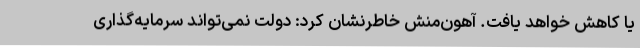
یا کاهش خواهد یافت. آهون‌منش خاطرنشان کرد: دولت نمی‌تواند سرمایه‌گذاری